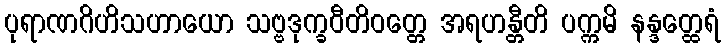
ပုရာဏဂိဟိသဟာယော သဗ္ဗဒုက္ခဝီတိဝတ္တေ အရဟန္တီတိ ပက္ကမိ နန္ဒတ္ထေရံ